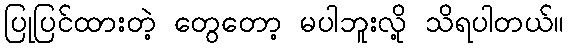
ပြုပြင်ထားတဲ့ တွေတော့ မပါဘူးလို့ သိရပါတယ်။